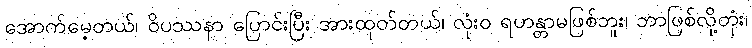
အောက်မေ့တယ်၊ ဝိပဿနာ ပြောင်းပြီး အားထုတ်တယ်၊ လုံးဝ ရဟန္တာမဖြစ်ဘူး၊ ဘာဖြစ်လို့တုံး၊